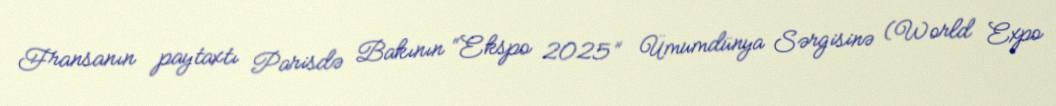
Fransanın paytaxtı Parisdə Bakının “Ekspo 2025” Ümumdünya Sərgisinə (World Expo